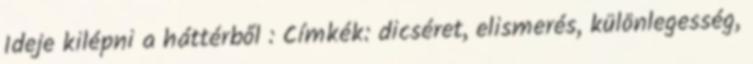
Ideje kilépni a háttérből : Címkék: dicséret, elismerés, különlegesség,